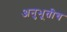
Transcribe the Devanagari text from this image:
अनुभूतीच